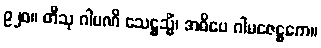
၉၂၀။ တီသု ဂါမဏိ သေဋ္ဌသ္မိံ၊ အဓိပေ ဂါမဇေဋ္ဌကေ။